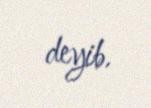
deyib.